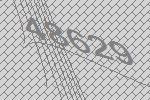
48629